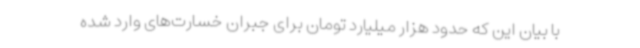
با بیان این که حدود هزار میلیارد تومان برای جبران خسارت‌های وارد شده